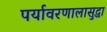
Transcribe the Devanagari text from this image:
पर्यावरणालासुद्धा